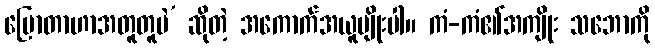
ပြောတာဟာအတူတူပဲ’ ဆိုတဲ့ အကောက်အယူမျိုးပါ။ ကံ-ကံ၏အကျိုး သဘောကို